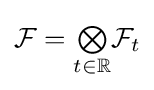
{\mathcal {F}}=\textstyle {\bigotimes \limits _{t\in \mathbb {R} }}{\mathcal {F}}_{t}